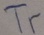
Text: Tr